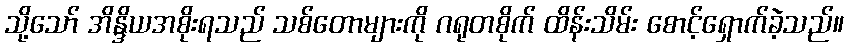
သို့သော် အိန္ဒိယအစိုးရသည် သစ်တောများကို ဂရုတစိုက် ထိန်းသိမ်း စောင့်ရှောက်ခဲ့သည်။